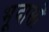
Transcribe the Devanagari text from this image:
भूदासों